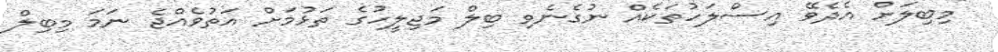
"މިބިލަށް އެދެވޭ އިސްލަހުތަކެއް ނުގެނެވި ބިލް މަޖިލީހުގެ ތަޅުމަށް އަތުވެއްޖެ ނަމަ މިބިލް